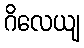
ဂိလေယျ